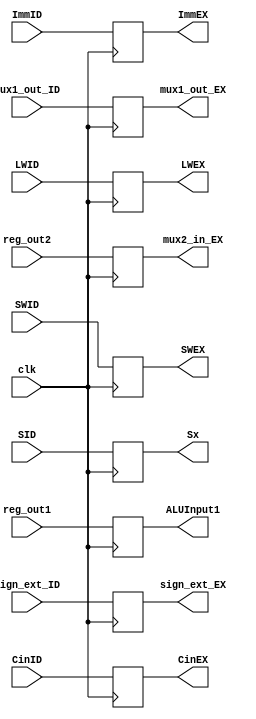
`timescale 1ns / 1ps
//////////////////////////////////////////////////////////////////////////////////
// Sam Bolduc and Aryan Mehrotra
// 
// Module Name: ID/EX D Flip-Flop
// Project Name: Assignment 6
//////////////////////////////////////////////////////////////////////////////////


module IDEXDFF(reg_out1, reg_out2, ImmID, SID, CinID, SWID, LWID, sign_ext_ID, mux1_out_ID, clk, ALUInput1, mux2_in_EX, Sx, ImmEX, SWEX, LWEX, CinEX, mux1_out_EX, sign_ext_EX);
    //Declare inputs and outputs
    input[31:0] reg_out1, reg_out2, sign_ext_ID, mux1_out_ID;
    input ImmID, CinID, clk, SWID, LWID;
    input[2:0] SID;
    output reg [31:0] ALUInput1, mux2_in_EX, mux1_out_EX, sign_ext_EX;
    output reg ImmEX, CinEX, SWEX, LWEX;
    output reg [2:0] Sx; 
    //Assign flip-flop values
    always @(posedge clk) begin 
        ALUInput1 = reg_out1;
        mux2_in_EX = reg_out2; 
        mux1_out_EX = mux1_out_ID;
        sign_ext_EX = sign_ext_ID;
        ImmEX = ImmID;
        CinEX = CinID;
        Sx = SID; 
        SWEX = SWID;
        LWEX = LWID;
    end
endmodule